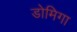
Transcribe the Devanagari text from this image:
डोमिगा